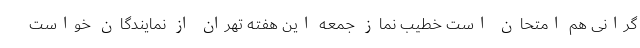
گرانی هم امتحان است خطیب نماز جمعه این هفته تهران از نمایندگان خواست